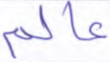
عالم